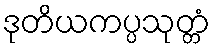
ဒုတိယကပ္ပသုတ္တံ